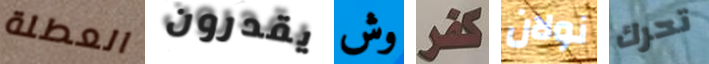
العطلة يقدرون وش كفر نولان تحرك